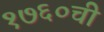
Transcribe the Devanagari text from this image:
१७६०ची